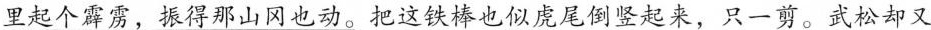
里起个霹雳，振得那山冈也动。把这铁棒也似虎尾倒竖起来，只一剪。武松却又